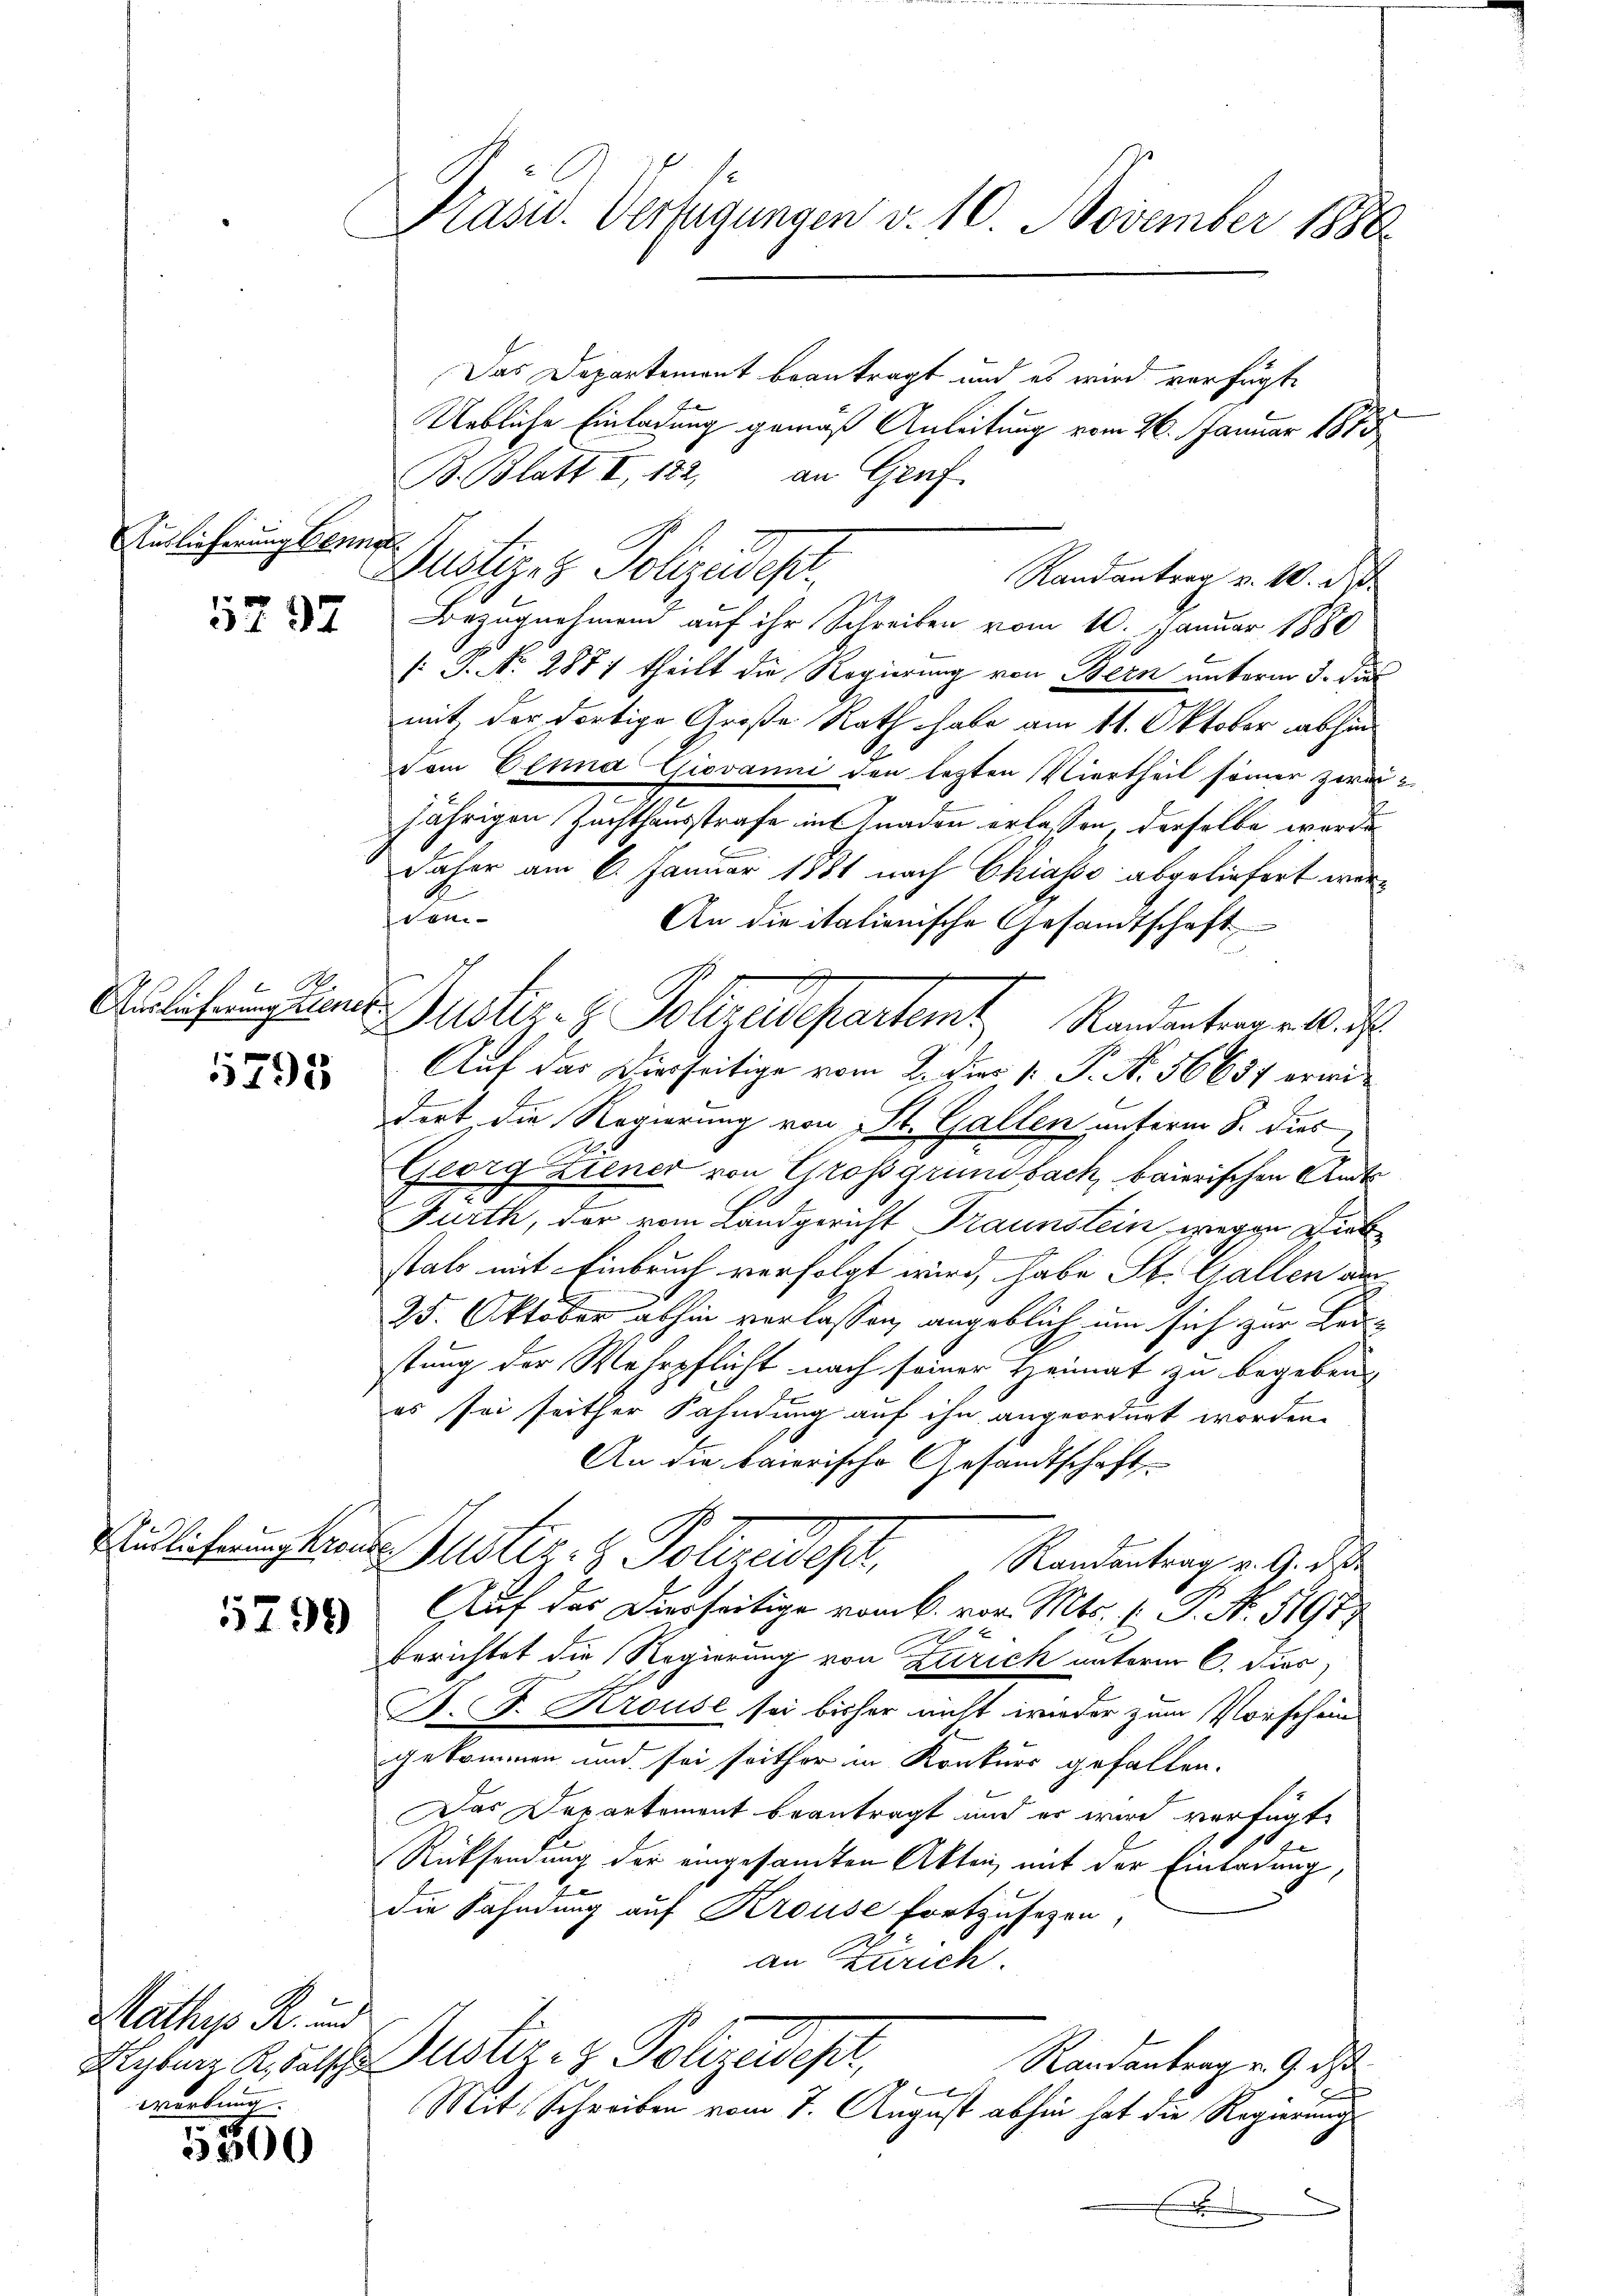
Auslieferung sein.

5797

x
Auslieferung Elener

5795

1799

Auslieferung Kron

Mathys R. und
wortung.

5000

Präsid. Verfügungen v. 10. November 1886

den

.

Das Departement beantragt und es wird verfügte
Uebliche Einladung gemäß Anleitung vom 26. Januar 1873
B. Blatt I. 182, an Genf
Justiz- & Polizeidest
Randantrag v. 10. de
Bezugnahmen auf ihr Schreiben vom 10. Januar 1880
/: P. Nr. 2871 theilt die Regierung von Bern unterm 5. des
mit der dortige Große Rath habe am 11. Oktober abhin
vom Einna Giovanni den lezten Viertheil seiner zweis
jährigen Zuchthausstrafe in Gnaden erlassen, derselbe werde
daher am 6. Januar 1881 nach Chiasso abgeliefert wer¬
An die italienische Gesandtschaft
Auf das Vierseitige vom 2. Juni v. P. No. 56657 erwidort die Regierung von St. Gallen unterm 8. dies
Georg Ziener von Grossgrundbach, baierischen Amts
Fürth, der vom Landgericht Traunstein wegen Liebe
stals mit Einbruch verfolgt wird, habe St. Gallen am
25. Oktober abhin verlassen, angeblich um sich zur Leistung der Wehrpflicht nach seiner Heimat zu begeben.
E
es sei seither Fahndung auf ihn angeordnet worden.
An die baierische Gesandtschaft
Duster- & Polizeider,
 Randantrag v. 9. d.
Auf das Dierseitige vom 6. vor. Mts. ( P. No. 5197
x
2
berichtet die Regierung von Zurick unterm 6. Fier
P. F. Krouse sei bisher nicht wieder zum Vorschein
gekommen und sei seither in Konkurs gefallen.
.
Das Departement beantragt und es wird verfügt:
1
Rücksendung der eingesamten Akten mit der Einladung,
die Fahndung auf Krouse fortzusehen,
an Zürich
Aigburg K. Falsche Justiz- & Polizeidept,
Randantrag v. 9. ds

Mit Schreiben vom 7. August abhin hat die Regierungsd

Puster. H. Pollredepartamt Randenten